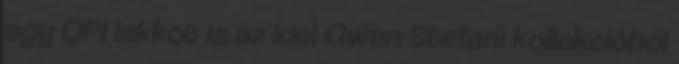
egy OPI lakkot is az idei Gwen Stefani kollekcióból